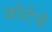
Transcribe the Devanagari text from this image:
कोर्टचे